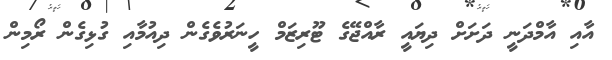
އާއި އާމްދަނީ ދަށަށް ދިޔައީ ރާއްޖޭގެ ޓޫރިޒަމް ހީނަރުވެގެން ދިއުމާއި ގުޅިގެން ރޯމިން